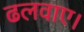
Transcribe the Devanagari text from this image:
ढलवाए।